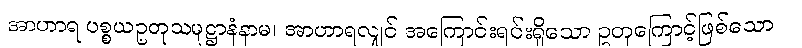
အာဟာရ ပစ္စယဥတုသမုဋ္ဌာနံနာမ၊ အာဟာရလျှင် အကြောင်းရင်းရှိသော ဥတုကြောင့်ဖြစ်သော